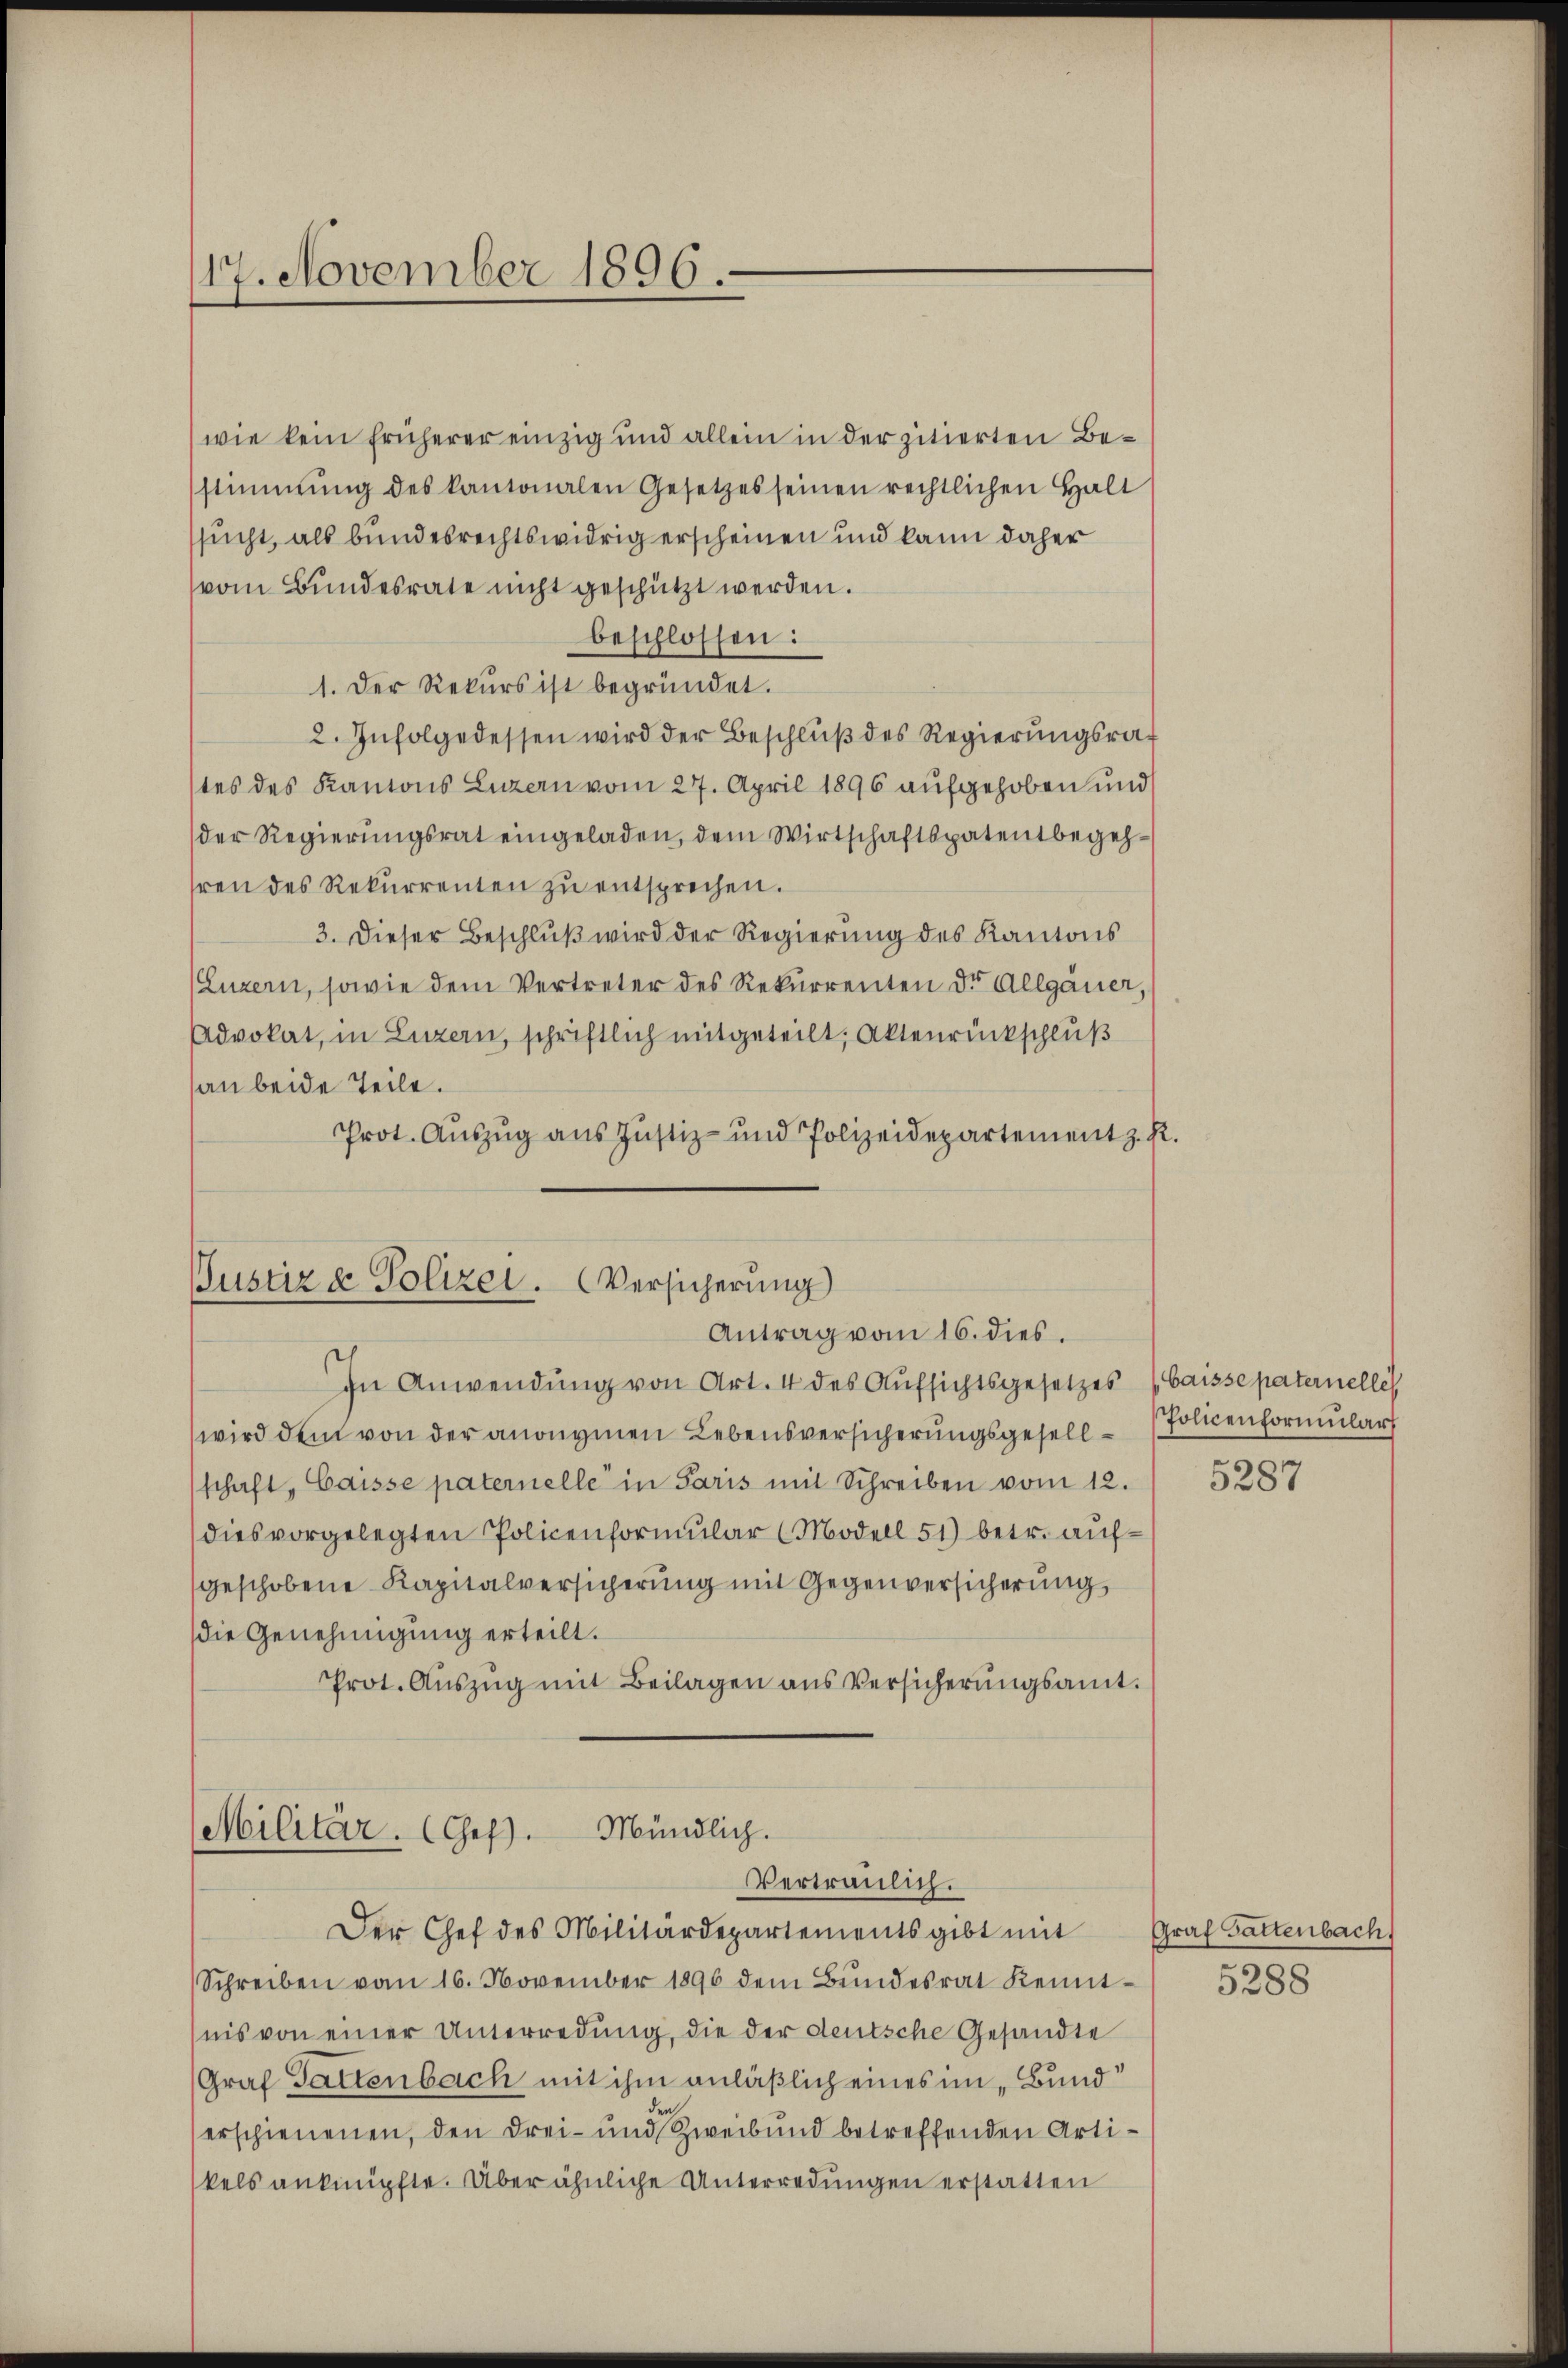
117. November 1896.

Justiz & Polizei. Versicherung
Antrag vom 16. dies.

Militär. (Gef). Mündlich.
Vertraulich.
Der Chef des Militärdepartements gibt mit

wie kein früherer einzig und allein in der zitierten Bestimmung des kantonalen Gesetzes seinen rechtlichen Halt
ssucht, als bundesrechtswidrig erscheinen und kann daher
vom Bundesrate nicht geschützt werden.
beschlossen:
1. Der Rekurs ist begründet.
2. Infolgedessen wird der Beschluß des Regierungsrat
tes des Kantons Luzern vom 27. April 1896 aufgehoben und
der Regierŭngsrat eingeladen, dem Wirtschaftspatentbegehhren des Rekurrenten zŭ entsprechen.
3. Dieser Beschlŭβ wird der Regierŭng des Kantons
(Luzern, sowie dem Vertreter des Rekurrenten dr. Allgäuer,
Advokat, in Luzern, schriftlich mitgeteilt; Aktenrückschluß
an beide Teile.
Prot. Aŭszŭg ans Justiz- und Polizeidepartement z. R.

Schreiben vom 16. November 1896 dem Bundesrat Kenntnis von einer Unterredung, die der deutsche Gesandte
Graf Gattenbach mit ihm anläßlich eines im „Bund
erschienenen, den drei- und Zweibund betreffenden Artikels anknüpfte. Über ähnliche Unterredungen erstatten

In Anwendung von Art. 4 des Aufsichtsgesetzes (Caisse paternelle
wird dem von der anonymen Lebensversicherungsgesell-Policenformular
schaft "Caisse paternelle in Paris mit Schreiben vom 12.
dies vorgelegten Policenformular (Modell 51) betr. aufgeschobene Kapitalversicherung mit Gegenversicherung
die Genehmigung erteilt.
Prot. Aŭszŭg mit Beilagen ans Versicherŭngsamt.

5287

Graf Gattenbach

5288